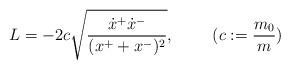
LaTeX: \begin{align*}L=-2c\sqrt{\frac{\dot x^+\dot x^-}{(x^++x^-)^2}},~~~~~~~(c:=\frac{m_0}{m})\end{align*}